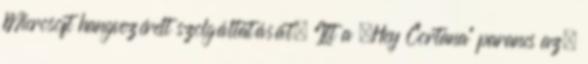
Microsoft hangvezérelt szolgáltatását. Itt a „Hey Cortana” parancs az,